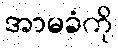
အာမခံကို